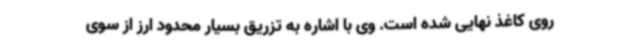
روی کاغذ نهایی شده است. وی با اشاره به تزریق بسیار محدود ارز از سوی